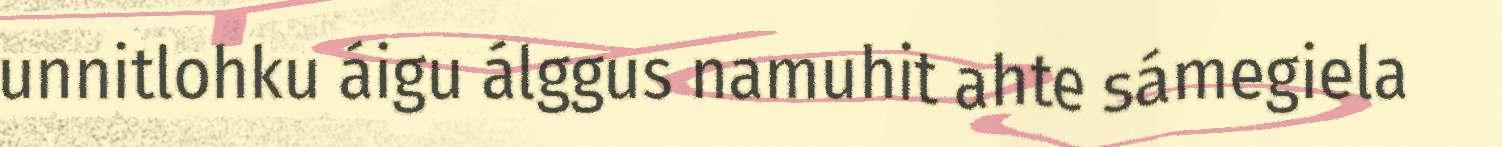
unnitlohku áigu álggus namuhit ahte sámegiela